Document type: Sale
Year: 1423
Scribe: Joan Franc
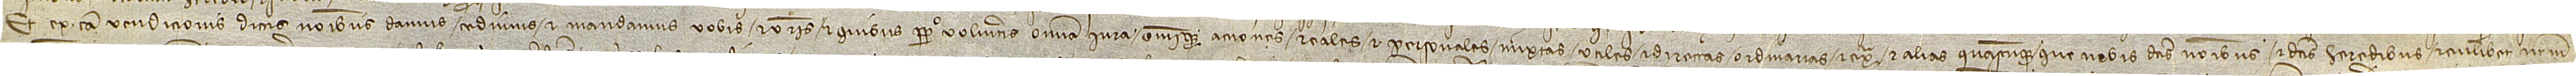
Et ex causa vendicionis dictis nominibus damus, cedimus et mandamus vobis et vestris et quibus perpetuo volueritis omnia iura omnesque acciones reales et personales, mixtas, utiles et directas, ordinarias et extra, et alias quascumque que nobis dictis nominibus et dictis heredibus et cuilibet nostrum